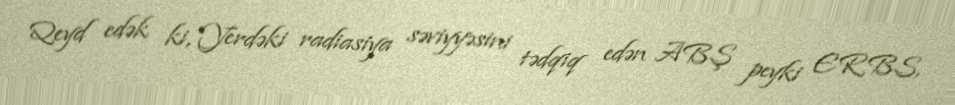
Qeyd edək ki, Yerdəki radiasiya səviyyəsini tədqiq edən ABŞ peyki ERBS,